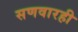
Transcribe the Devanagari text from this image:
सणवारही